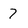
Character: 7